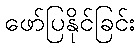
ဖော်ပြနိုင်ခြင်း